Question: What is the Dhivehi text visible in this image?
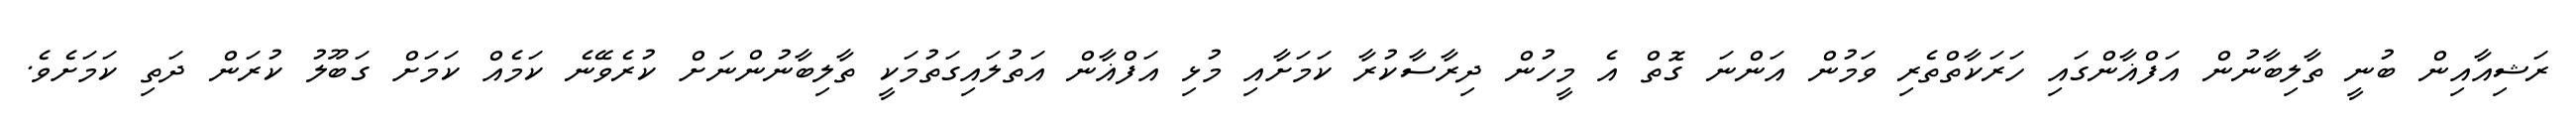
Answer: ރަޝިއާއިން ބުނީ ތާލިބާނުން އަފްޣާންގައި ހަރަކާތްތެރި ވަމުން އަންނަ ގޮތް އެ މީހުން ދިރާސާކުރާ ކަމަށާއި މުޅި އަފްޣާން އަތުލައިގަތުމަކީ ތާލިބާނުންނަށް ކުރެވޭނެ ކަމެއް ކަމަށް ގަބޫލު ކުރަން ދަތި ކަމަށެވެ.